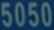
5050